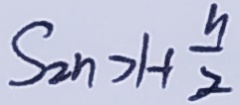
S _ { 2 n > 1 } + \frac { y } { 2 }